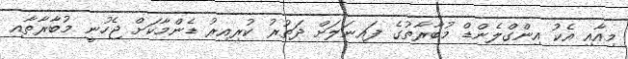
މިއާއި އެކު އިންގްލެންޑް މުބާރާތުގެ ފައިނަލަށް ދަތުރު ކުރިއިރު ޑެންމާކަށް ޖެހުނީ މުބާރާތާއި